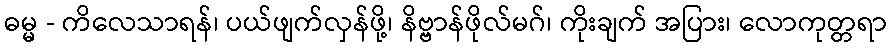
ဓမ္မ - ကိလေသာရန်၊ ပယ်ဖျက်လှန်ဖို့၊ နိဗ္ဗာန်ဖိုလ်မဂ်၊ ကိုးချက် အပြား၊ လောကုတ္တရာ